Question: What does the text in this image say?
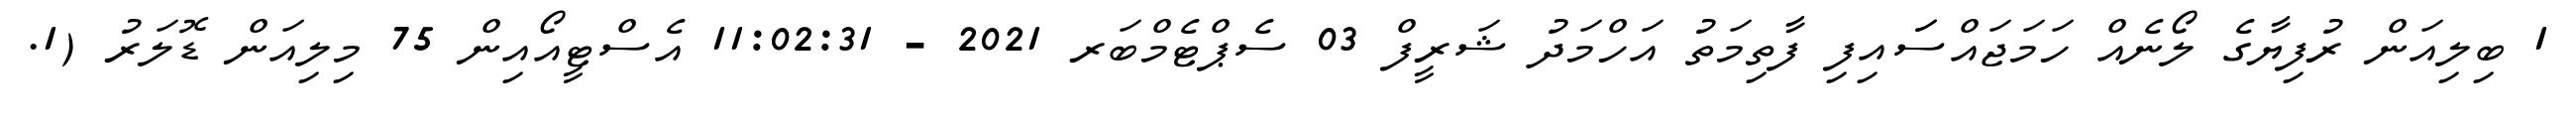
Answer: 1 ބިލިއަން ރުފިޔާގެ ލޯނެއް ހަމަޖައްސަައިފި ފާތިމަތު އަހްމަދު ޝަރީފް 03 ސެޕްޓެމްބަރ 2021 - 11:02:31 އެސްޓީއޯއިން 75 މިލިއަން ޑޮލަރު (1.